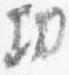
功